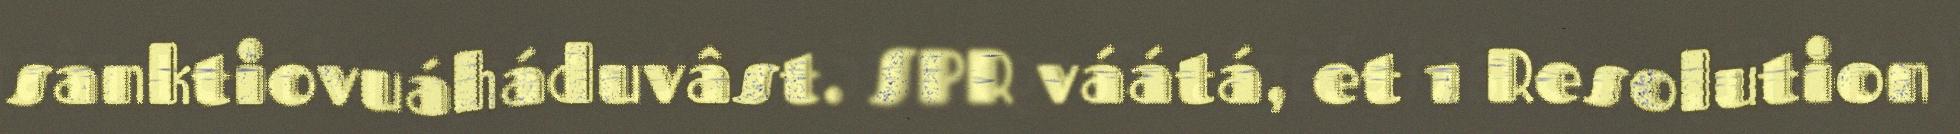
sanktiovuáháduvâst. SPR váátá, et 1 Resolution